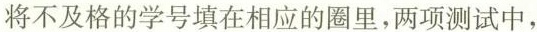
将不及格的学号填在相应的圈里，两项测试中，